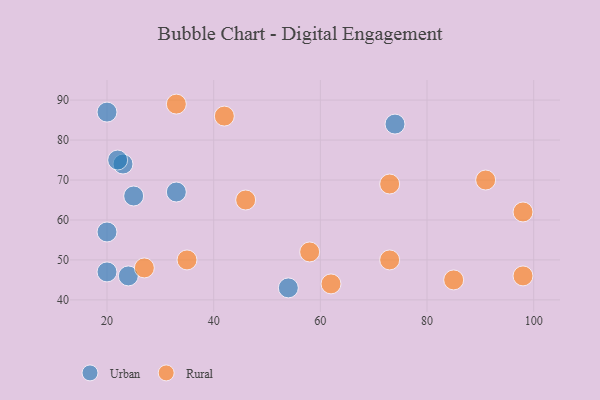
{"axis": {"x": "GDP", "y": "Life Expectancy"}, "legend": ["Rural", "Urban"], "data": [{"x": "74", "y": 84, "type": "Urban"}, {"x": "20", "y": 57, "type": "Urban"}, {"x": "20", "y": 47, "type": "Urban"}, {"x": "33", "y": 67, "type": "Urban"}, {"x": "23", "y": 74, "type": "Urban"}, {"x": "20", "y": 87, "type": "Urban"}, {"x": "25", "y": 66, "type": "Urban"}, {"x": "54", "y": 43, "type": "Urban"}, {"x": "24", "y": 46, "type": "Urban"}, {"x": "22", "y": 75, "type": "Urban"}, {"x": "98", "y": 62, "type": "Rural"}, {"x": "58", "y": 52, "type": "Rural"}, {"x": "27", "y": 48, "type": "Rural"}, {"x": "62", "y": 44, "type": "Rural"}, {"x": "42", "y": 86, "type": "Rural"}, {"x": "46", "y": 65, "type": "Rural"}, {"x": "73", "y": 69, "type": "Rural"}, {"x": "85", "y": 45, "type": "Rural"}, {"x": "98", "y": 46, "type": "Rural"}, {"x": "33", "y": 89, "type": "Rural"}, {"x": "73", "y": 50, "type": "Rural"}, {"x": "35", "y": 50, "type": "Rural"}, {"x": "91", "y": 70, "type": "Rural"}]}